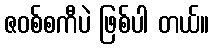
ဇဝစ်စကီပဲ ဖြစ်ပါ တယ်။